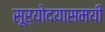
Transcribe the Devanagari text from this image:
सूर्योदयासमयी